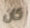
كان